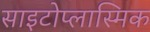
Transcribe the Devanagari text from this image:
साइटोप्लास्मिक